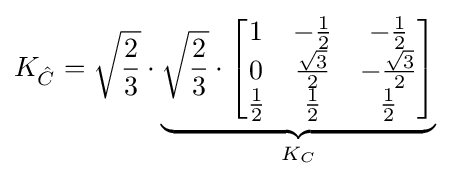
K_{\hat {C}}={\sqrt {\frac {2}{3}}}\cdot \underbrace {{\sqrt {\frac {2}{3}}}\cdot {\begin{bmatrix}1&-{\frac {1}{2}}&-{\frac {1}{2}}\\0&{\frac {\sqrt {3}}{2}}&-{\frac {\sqrt {3}}{2}}\\{\frac {1}{2}}&{\frac {1}{2}}&{\frac {1}{2}}\end{bmatrix}}} _{K_{C}}